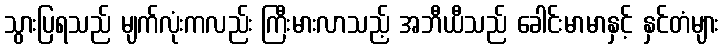
သွားပြရသည် မျက်လုံးကလည်း ကြီးမားလာသည့် အဘီယီသည် ခေါင်းမာမာနှင့် နှင်တံများ